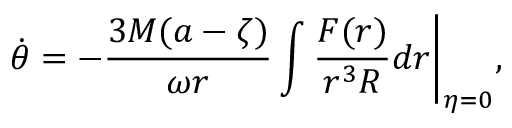
\dot { \theta } = - \frac { 3 M ( a - \zeta ) } { \omega r } \int \frac { { \cal F } ( r ) } { r ^ { 3 } { \cal R } } d r \bigg | _ { \eta = 0 } ,